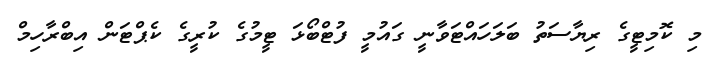
މި ކޮމިޓީގެ ރިޔާސަތު ބަލަހައްޓަވާނީ ގައުމީ ފުޓްބޯޅަ ޓީމުގެ ކުރީގެ ކެޕްޓަން އިބްރާހިމް